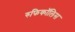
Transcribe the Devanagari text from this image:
रुफिकॉलिस